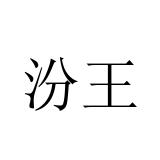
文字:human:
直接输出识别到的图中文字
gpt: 汾王